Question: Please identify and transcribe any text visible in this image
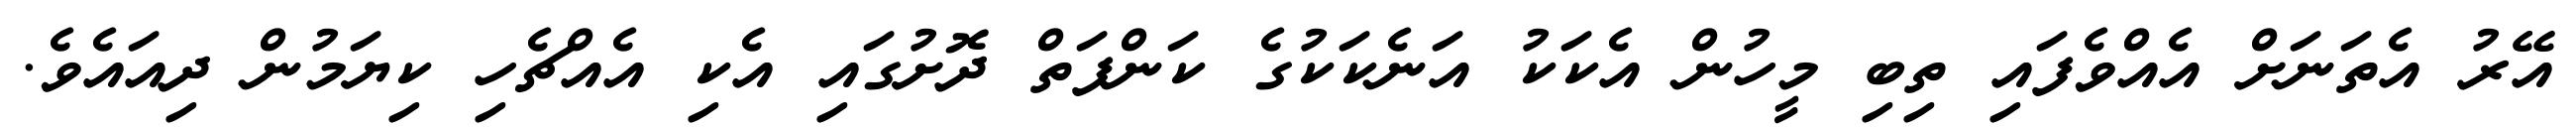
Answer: އޭރު އެތަނަށް އެއްވެފައި ތިބި މީހުން އެކަކު އަނެކަކުގެ ކަންފަތް ދޮށުގައި އެކި އެއްޗެހި ކިޔަމުން ދިއައެވެ.